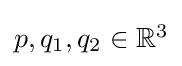
{\textstyle p,q_{1},q_{2}\in \mathbb {R} ^{3}}